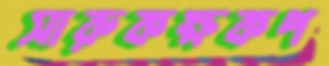
সারুকক্ষকপ